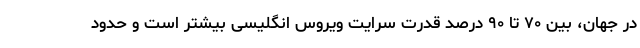
در جهان، بین ۷۰ تا ۹۰ درصد قدرت سرایت ویروس انگلیسی بیشتر است و حدود